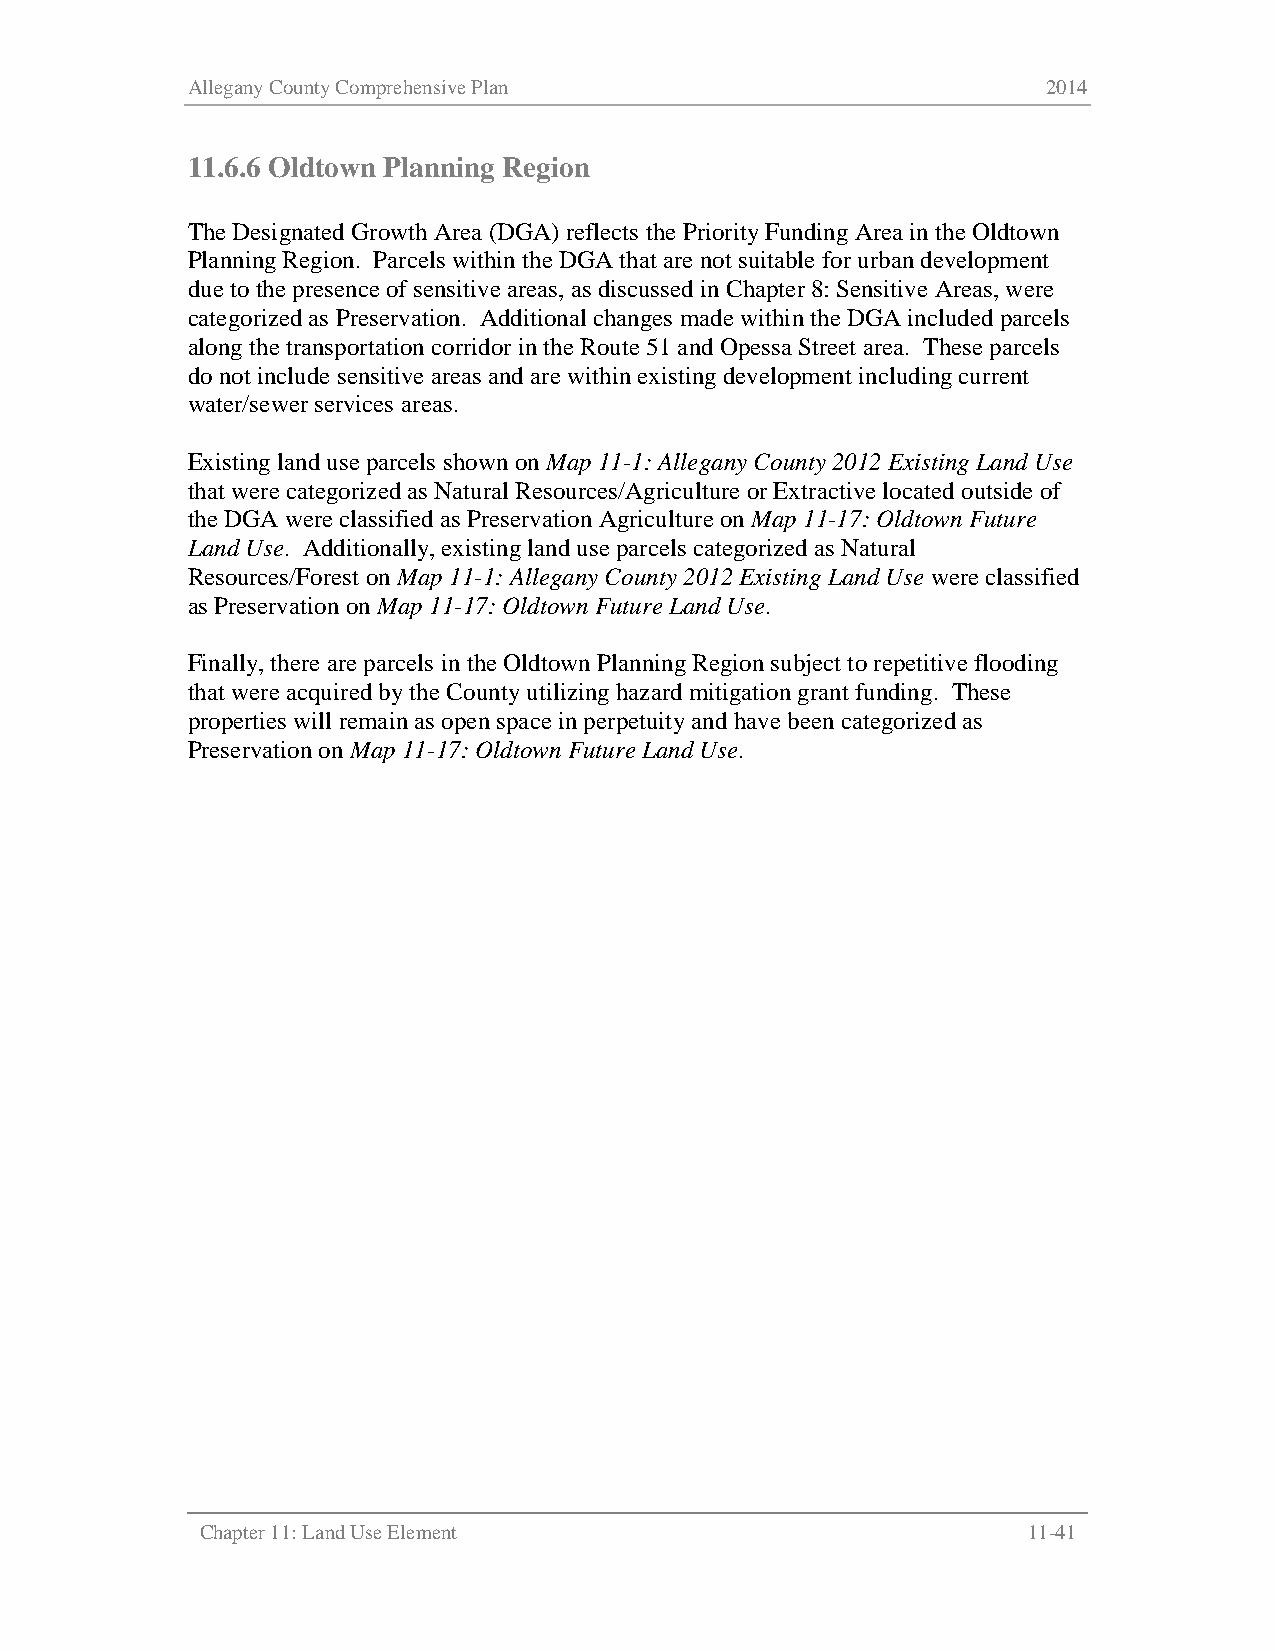
Allegany County Comprehensive Plan                       2014
 11.6.6 Oldtown Planning Region
 The Designated Growth Area (DGA) reflects the Priority Funding Area in the Oldtown
 Planning Region. Parcels within the DGA that are not suitable for urban development
 due to the presence of sensitive areas, as discussed in Chapter 8: Sensitive Areas, were
 categorized as Preservation. Additional changes made within the DGA included parcels
 along the transportation corridor in the Route 51 and Opessa Street area. These parcels
 do not include sensitive areas and are within existing development including current
 water/sewer services areas.
 Existing land use parcels shown on Map 11-1: Allegany County 2012 Existing Land Use
 that were categorized as Natural Resources/Agriculture or Extractive located outside of
 the DGA were classified as Preservation Agriculture on Map 11-17: Oldtown Future
 Land Use. Additionally, existing land use parcels categorized as Natural
 Resources/Forest on Map 11-1: Allegany County 2012 Existing Land Use were classified
 as Preservation on Map 11-17: Oldtown Future Land Use.
 Finally, there are parcels in the Oldtown Planning Region subject to repetitive flooding
 that were acquired by the County utilizing hazard mitigation grant funding. These
 properties will remain as open space in perpetuity and have been categorized as
 Preservation on Map 11-17: Oldtown Future Land Use.
 Chapter 11: Land Use Element                           11-41